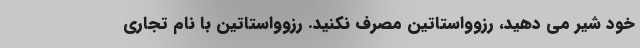
خود شیر می دهید، رزوواستاتین مصرف نکنید. رزوواستاتین با نام تجاری